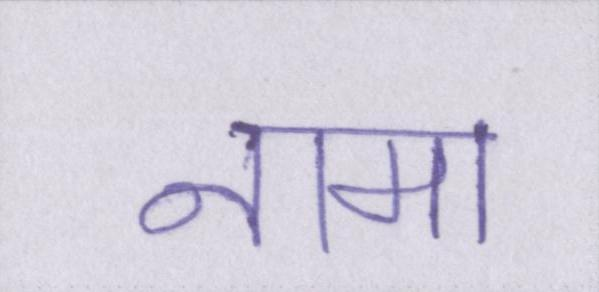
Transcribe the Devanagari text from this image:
नामा